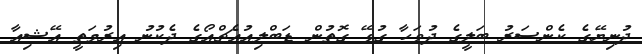
ދުނިޔޭގެ ކެންސަރު ބަލީގެ ދުވަހާ ގުޅޭ ގޮތުން ޑަބްލިއުއެޗްއޯގެ ދެކުނު އިރުމަތީ އޭޝިއާ